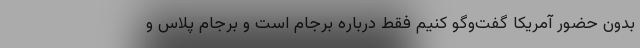
بدون حضور آمریکا گفت‌وگو کنیم فقط درباره برجام است و برجام پلاس و